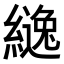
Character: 𮉅